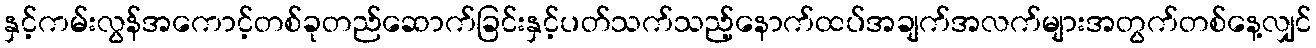
နှင့်ကမ်းလွန်အကောင့်တစ်ခုတည်ဆောက်ခြင်းနှင့်ပတ်သက်သည့်နောက်ထပ်အချက်အလက်များအတွက်တစ်နေ့လျှင်